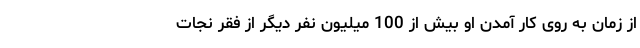
از زمان به روی کار آمدن او بیش از 100 میلیون نفر دیگر از فقر نجات